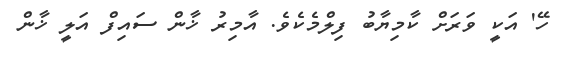
ހޭ' އަކީ ވަރަށް ކާމިޔާބު ފިލްމެކެވެ. އާމިރު ޚާން ސައިފް އަލީ ޚާން